Annual report on the Civil Veterinary Department, Burma (including the Insein Veterinary School) - 1910-1922
Year: 1910
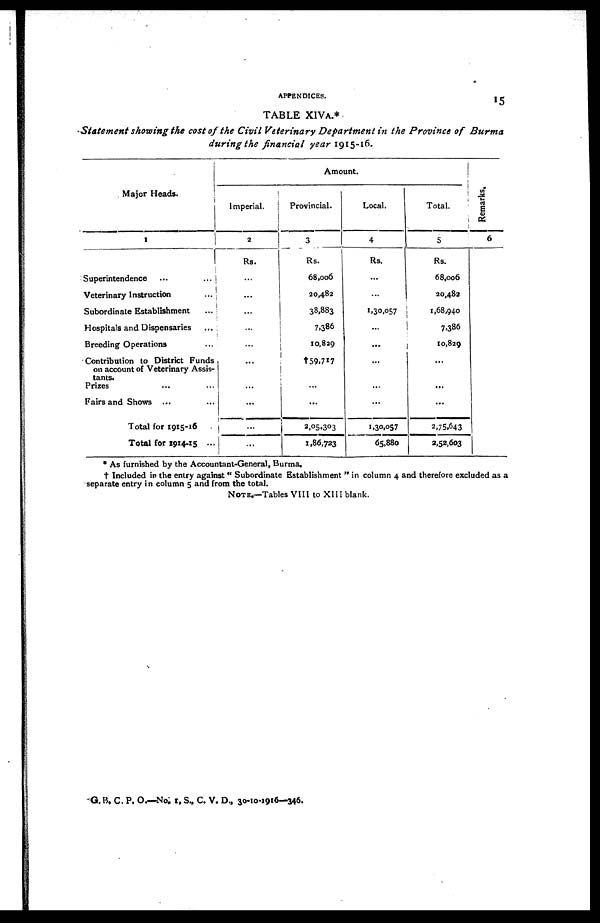
APPENDICES.
15
TABLE XIVA.*
Statement showing the cost of the Civil Veterinary Department in the Province of Burma
during the financial year 1915-16.
Major Heads.
Superintendence ... ...
Veterinary Instruction ...
Subordinate Establishment ...
Hospitals and Dispensaries ...
Breeding Operations ...
Contribution to District Funds
on account of Veterinary Assis-
tants.
Prizes ... ...
Fairs and Shows ... ...
Total for 1915-16 ...
Total for 1914-15 ...
Amount.
Imperial.
2
Rs.
...
...
...
...
...
...
...
...
...
...
Provincial.
3
Rs.
68,006
20,482
38,883
7,386
10,829
†59,717
...
...
2,05,303
1,86,723
Local.
4
Rs.
...
...
1,30,057
...
...
...
...
...
1,30,057
65,880
Total.
5
Rs.
68,006
20,482
1,68,940
7,386
10,829
...
...
...
2,75.643
2,52,603
Remarks.
6
* As furnished by the Accountant-General, Burma.
† Included in the entry against " Subordinate Establishment " in column 4 and therefore excluded as a
separate entry in column 5 and from the total.
NOTE.—Tables VIII to XIII blank.
G.B.C. P. O.—No; 1, S., C. V. D., 30-10-1916—346.